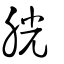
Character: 胱